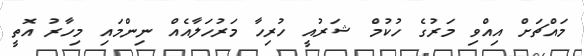
މައްޗަށް އިއްވި މަރުގެ ހުކުމް ޝަރުއީ ހުރިހާ މަރުހަލާއެއް ނިންމައި މިހާރު އޮތީ